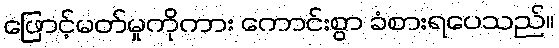
ဖြောင့်မတ်မှုကိုကား ကောင်းစွာ ခံစားရပေသည်။